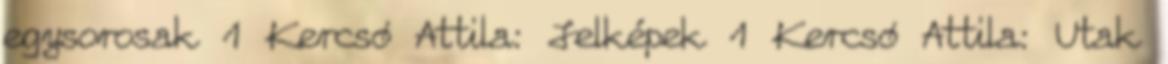
egysorosak 1 Kercsó Attila: Jelképek 1 Kercsó Attila: Utak